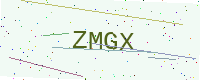
Text: ZMGX